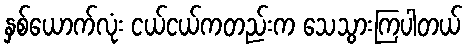
နှစ်ယောက်လုံး ငယ်ငယ်ကတည်းက သေသွားကြပါတယ်